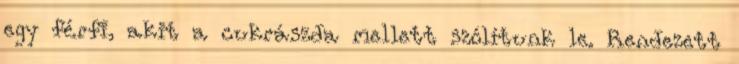
egy férfi, akit a cukrászda mellett szólítunk le. Rendezett